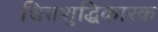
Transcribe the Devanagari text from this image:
चित्तशुद्धिकारक